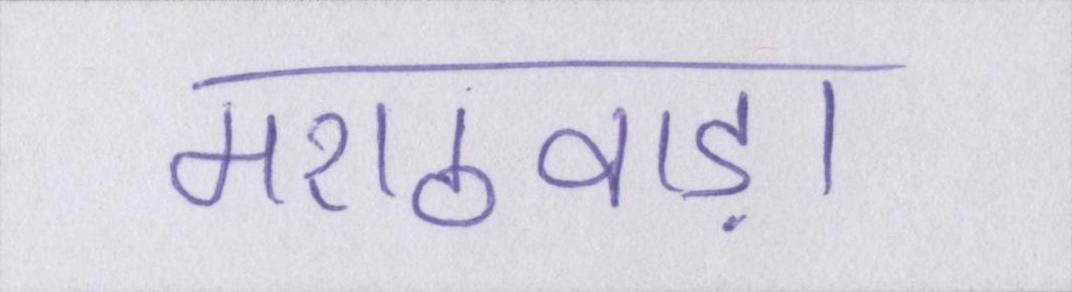
मराठवाड़ा